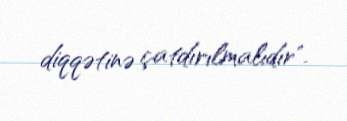
diqqətinə çatdırılmalıdır".